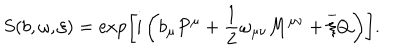
LaTeX: S ( b , \omega , \xi ) = \exp \left[ \mathrm { i } \left( b _ { \mu } P ^ { \mu } + \frac { 1 } { 2 } \omega _ { \mu \nu } M ^ { \mu \nu } + \overline { { { \xi } } } Q \right) \right] .